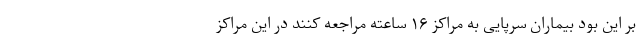
بر این بود بیماران سرپایی به مراکز ۱۶ ساعته مراجعه کنند در این مراکز